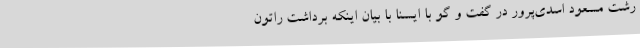
رشت مسعود اسدی‌پرور در گفت و گو با ایسنا با بیان اینکه برداشت راتون